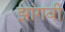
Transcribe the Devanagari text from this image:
झांगवी